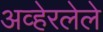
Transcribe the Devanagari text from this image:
अव्हेरलेले